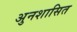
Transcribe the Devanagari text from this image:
अुनशासित